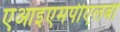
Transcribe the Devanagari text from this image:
एआइएमपीएलबी